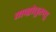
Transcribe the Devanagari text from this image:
मन्रोतुरुत्तु